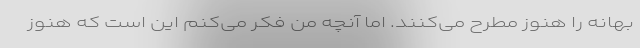
بهانه را هنوز مطرح می‌کنند. اما آنچه من فکر می‌کنم این است که هنوز